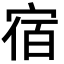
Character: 宿